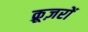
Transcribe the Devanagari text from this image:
क्रूज़रों